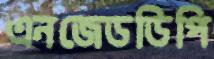
এনজেডডিপি